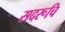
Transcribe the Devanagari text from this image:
सदरूचि